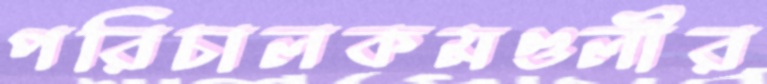
পরিচালকমণ্ডলীর